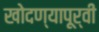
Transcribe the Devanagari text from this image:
खोदण्यापूर्वी